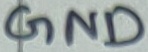
Text: GND